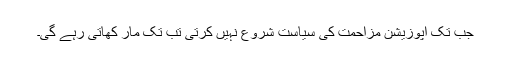
جب تک اپوزیشن مزاحمت کی سیاست شروع نہیں کرتی تب تک مار کھاتی رہے گی۔